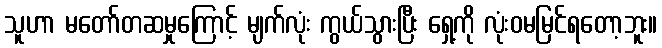
သူဟာ မတော်တဆမှုကြောင့် မျက်လုံး ကွယ်သွားပြီး ရှေ့ကို လုံးဝမမြင်ရတော့ဘူး။